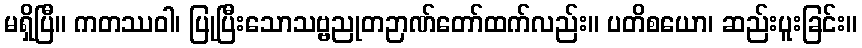
မရှိပြီ။ ကတဿဝါ၊ ပြုပြီးသောသဗ္ဗညုတဉာဏ်တော်ထက်လည်း။ ပတိစယော၊ ဆည်းပူးခြင်း။